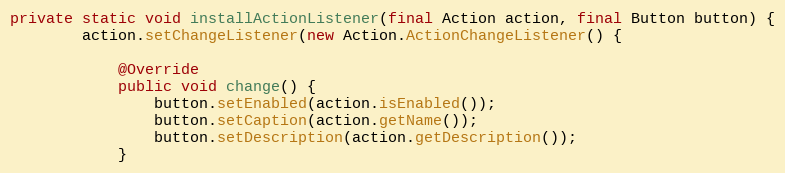
Language: Java
private static void installActionListener(final Action action, final Button button) {
		action.setChangeListener(new Action.ActionChangeListener() {

			@Override
			public void change() {
				button.setEnabled(action.isEnabled());
				button.setCaption(action.getName());
				button.setDescription(action.getDescription());
			}